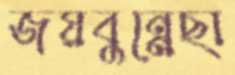
জয়বুন্নেছা